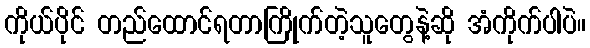
ကိုယ်ပိုင် တည်ထောင်ရတာကြိုက်တဲ့သူတွေနဲ့ဆို အံကိုက်ပါပဲ။